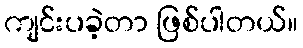
ကျင်းပခဲ့တာ ဖြစ်ပါတယ်။